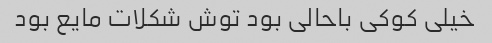
خیلی کوکی باحالی بود توش شکلات مایع بود